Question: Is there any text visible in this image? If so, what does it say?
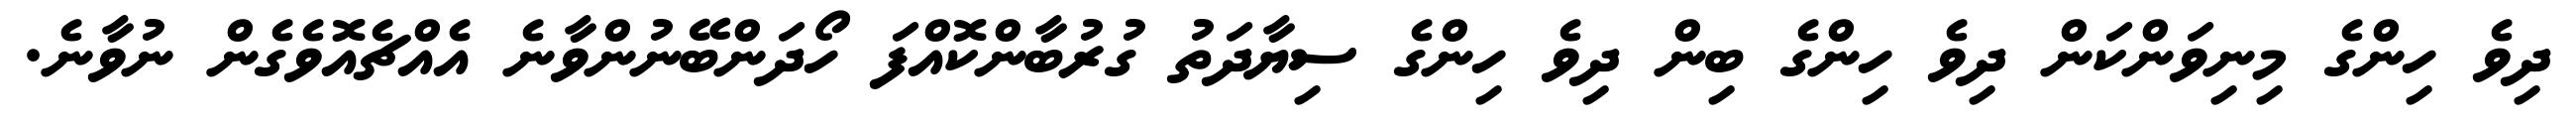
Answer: ދިވެ ހިންގެ މިނިވަންކަން ދިވެ ހިންގެ ބިން ދިވެ ހިންގެ ސިޔާދަތު ގުރުބާންކޮއްފަ ހޯދަންބޭނުންވާނެ އެއްޗެއޮވެގެން ނުވާނެ.